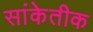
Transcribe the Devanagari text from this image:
सांकेतीक